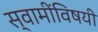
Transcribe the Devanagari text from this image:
स्वामींविषयी